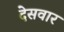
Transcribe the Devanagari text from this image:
देसवार